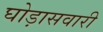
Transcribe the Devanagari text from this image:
घोड़ासवारी